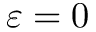
\varepsilon = 0